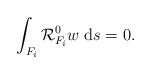
LaTeX: \begin{align*}\int_{F_i}\mathcal{R}^0_{F_i}w\;\mathrm{d}s=0.\end{align*}